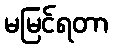
မမြင်ရတာ